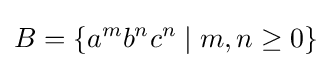
B=\{a^{m}b^{n}c^{n}\mid m,n\geq 0\}